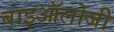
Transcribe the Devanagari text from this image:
बाइऑलोजी